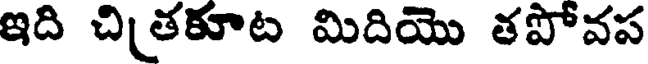
ఇది చితకూట మిదియొ తపోవప